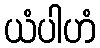
ယံပါဟံ